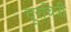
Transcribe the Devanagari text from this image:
दूरचित्री